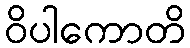
ဝိပါကောတိ